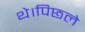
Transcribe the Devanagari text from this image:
थे।पिछले